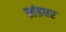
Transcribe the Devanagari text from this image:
खंडधर